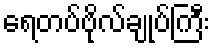
ရေတပ်ဗိုလ်ချုပ်ကြီး